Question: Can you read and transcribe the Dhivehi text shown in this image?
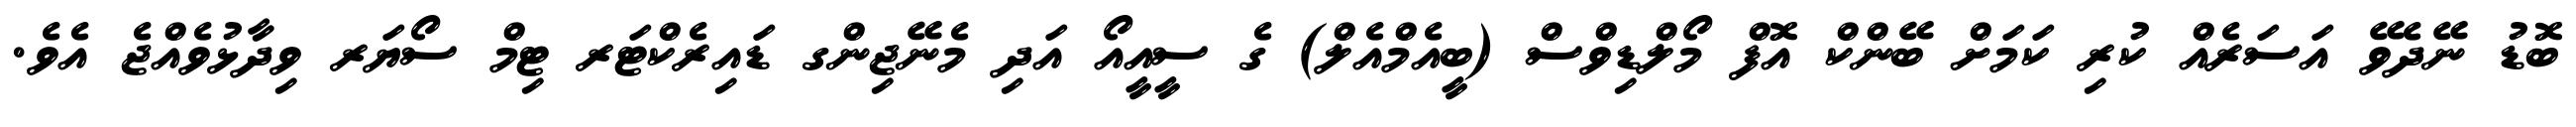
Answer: ބޮޑު ނޭދެވޭ އަސަރެއް ކުރި ކަމަށް ބޭންކް އޮފް މޯލްޑިވްސް (ބީއެމްއެލް) ގެ ސީއީއޯ އަދި މެނޭޖިންގ ޑައިރެކްޓަރ ޓިމް ސޯޔަރ ވިދާޅުވެއްޖެ އެވެ.